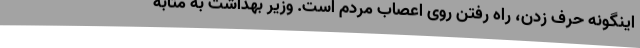
اینگونه حرف زدن، راه رفتن روی اعصاب مردم است. وزیر بهداشت به مثابه